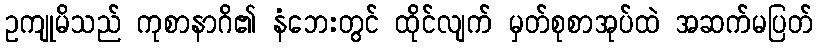
ဥကျုမိသည် ကုစာနာဂိ၏ နံဘေးတွင် ထိုင်လျက် မှတ်စုစာအုပ်ထဲ အဆက်မပြတ်